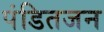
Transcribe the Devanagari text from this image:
पंडितजन